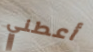
أعطني